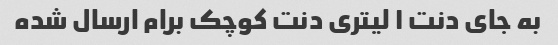
به جای دنت ۱ لیتری دنت کوچک برام ارسال شده